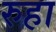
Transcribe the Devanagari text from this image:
रुहा